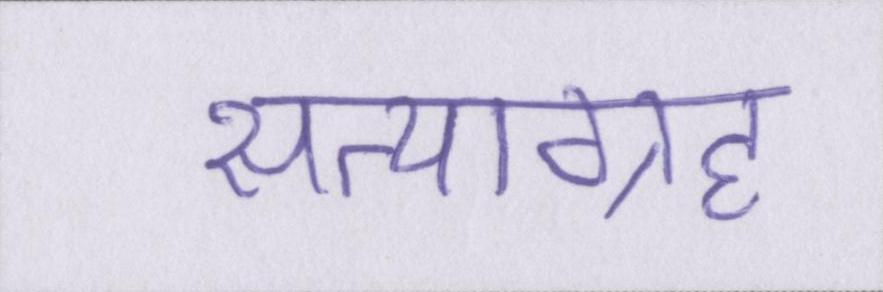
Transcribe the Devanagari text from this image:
सत्याग्रह